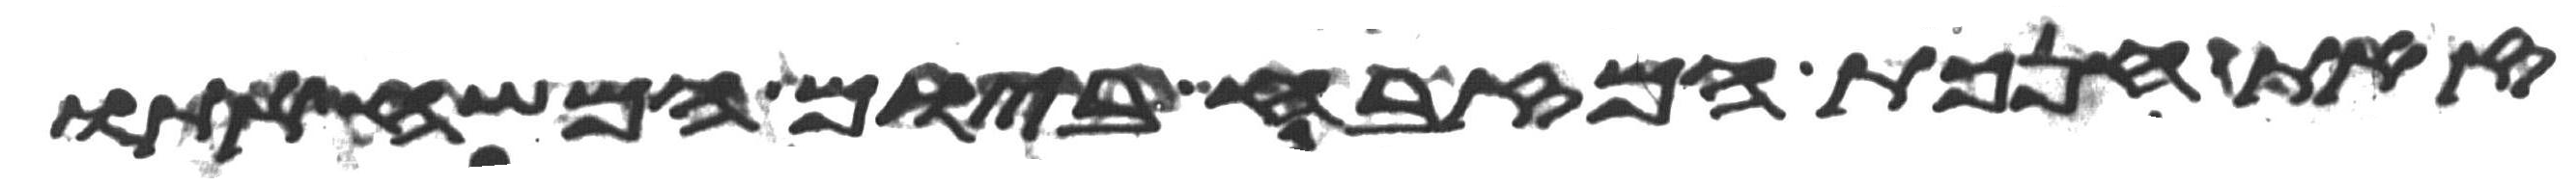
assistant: זאת חנכת המזבח ביום המשיח אתו